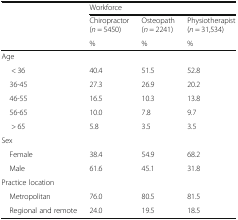
| <ROWSPAN=3>  | <COLSPAN=3> Workforce |
 | Chiropractor (n = 5450) | Osteopath (n = 2241) | Physiotherapist (n = 31,534) |
 | % | % | % |
 | --- | --- | --- | --- |
 | <COLSPAN=4> Age |
 | < 36 | 40.4 | 51.5 | 52.8 |
 | 36-45 | 27.3 | 26.9 | 20.2 |
 | 46-55 | 16.5 | 10.3 | 13.8 |
 | 56-65 | 10.0 | 7.8 | 9.7 |
 | > 65 | 5.8 | 3.5 | 3.5 |
 | <COLSPAN=4> Sex |
 | Female | 38.4 | 54.9 | 68.2 |
 | Male | 61.6 | 45.1 | 31.8 |
 | <COLSPAN=4> Practice location |
 | Metropolitan | 76.0 | 80.5 | 81.5 |
 | Regional and remote | 24.0 | 19.5 | 18.5 |